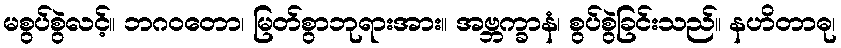
မစွပ်စွဲလင့်။ ဘဂဝတော၊ မြတ်စွာဘုရားအား။ အဗ္ဘက္ခာနံ၊ စွပ်စွဲခြင်းသည်။ နဟိတာဓု၊